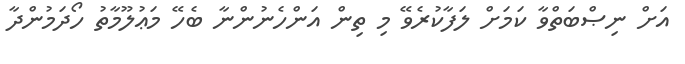
އަށް ނިޞްބަތްވާ ކަމަށް ލަފާކުރެވޭ މި ތިން އަންހެނުންނާ ބެހޭ މަޢުލޫމާތު ހޯދަމުންދާ